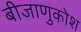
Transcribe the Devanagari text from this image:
बीजाणुकोश